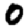
Digit: 0